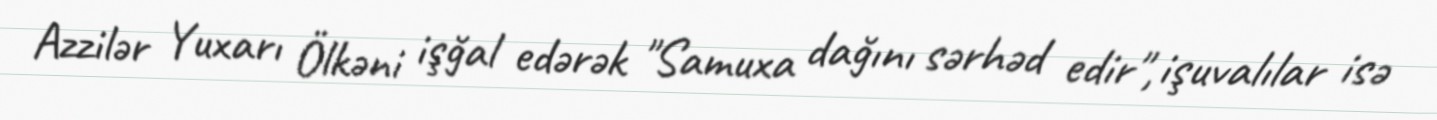
Azzilər Yuxarı Ölkəni işğal edərək "Samuxa dağını sərhəd edir", işuvalılar isə